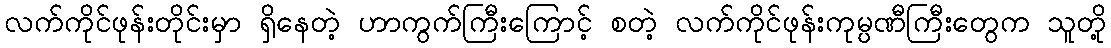
လက်ကိုင်ဖုန်းတိုင်းမှာ ရှိနေတဲ့ ဟာကွက်ကြီးကြောင့် စတဲ့ လက်ကိုင်ဖုန်းကုမ္ပဏီကြီးတွေက သူတို့